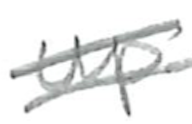
Text: up
Cross-out: double-line
Writing tool: pencil